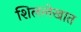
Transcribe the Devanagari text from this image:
शिललेखात